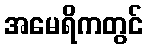
အမေရိကတွင်